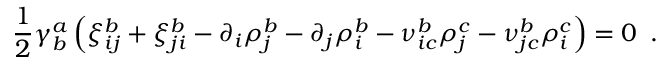
{ \frac { 1 } { 2 } } \gamma _ { b } ^ { a } \left( \xi _ { i j } ^ { b } + \xi _ { j i } ^ { b } - \partial _ { i } \rho _ { j } ^ { b } - \partial _ { j } \rho _ { i } ^ { b } - \nu _ { i c } ^ { b } \rho _ { j } ^ { c } - \nu _ { j c } ^ { b } \rho _ { i } ^ { c } \right) = 0 \, \, \, .